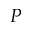
P